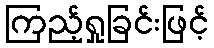
ကြည့်ရှုခြင်းဖြင့်